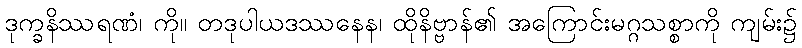
ဒုက္ခနိဿရဏံ၊ ကို။ တဒုပါယဒဿနေန၊ ထိုနိဗ္ဗာန်၏ အကြောင်းမဂ္ဂသစ္စာကို ကျမ်း၌